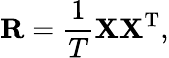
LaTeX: \mathbf{R}=\frac{1}{T}\mathbf{X}\mathbf{X}^{\mathrm{T}},